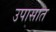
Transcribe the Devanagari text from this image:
उपासात